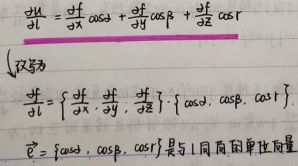
\[
\begin{align*}
\frac{\mathrm{d}u}{\mathrm{d}l}&=\frac{\partial f}{\partial x}\cos\alpha+\frac{\partial f}{\partial y}\cos\beta+\frac{\partial f}{\partial z}\cos\gamma\\
\frac{\mathrm{d}f}{\mathrm{d}l}&=\left\{\frac{\partial f}{\partial x},\frac{\partial f}{\partial y},\frac{\partial f}{\partial z}\right\}\cdot\{\cos\alpha,\cos\beta,\cos\gamma\}\\
\vec{e}&=\{\cos\alpha,\cos\beta,\cos\gamma\}是l方向的单位向量
\end{align*}
\]